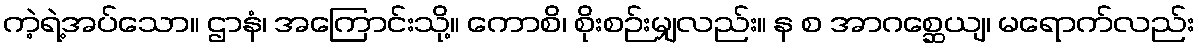
ကဲ့ရဲ့အပ်သော။ ဌာနံ၊ အကြောင်းသို့။ ကောစိ၊ စိုးစဉ်းမျှလည်း။ န စ အာဂစ္ဆေယျ၊ မရောက်လည်း